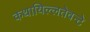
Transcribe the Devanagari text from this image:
कथायिल्‍लतेवन्‍टे